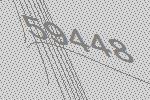
59448